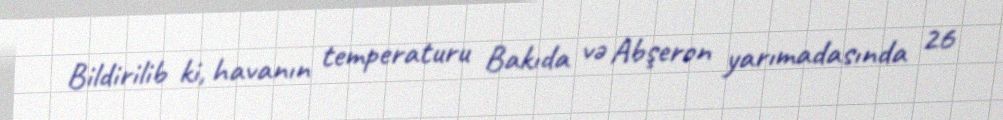
Bildirilib ki, havanın temperaturu Bakıda və Abşeron yarımadasında 26